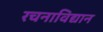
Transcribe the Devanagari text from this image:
रचनाविद्यान